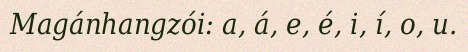
Magánhangzói: a, á, e, é, i, í, o, u.